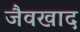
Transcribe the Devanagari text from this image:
जैवखाद